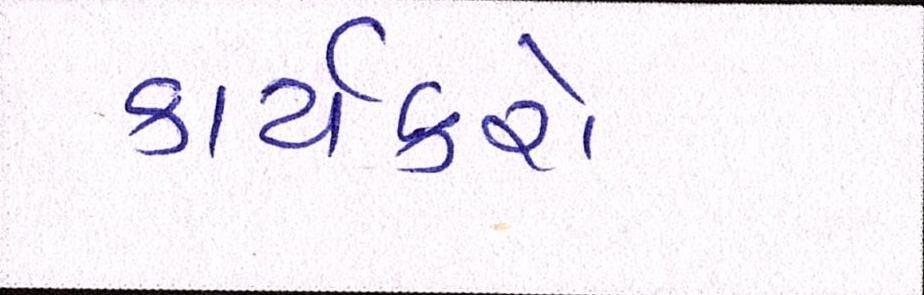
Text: કાર્યકરો